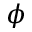
\phi